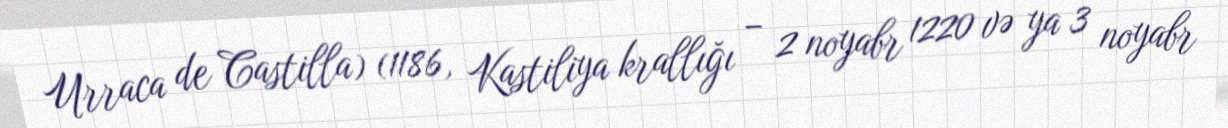
Urraca de Castilla) (1186, Kastiliya krallığı – 2 noyabr 1220 və ya 3 noyabr